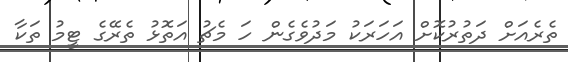
ތެރެއަށް ދަތުރުކޮށް އަހަރަކު މަދުވެގެން ހަ މެޗު އަތޮޅު ތެރޭގެ ޓީމު ތަކާ